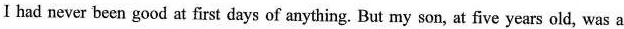
I had never been good at first days of anything. But my son, at five years old, was a